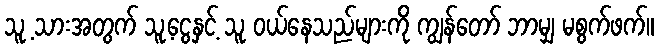
သူ့ သားအတွက် သူ့ငွေနှင့် သူ ဝယ်နေသည်များကို ကျွန်တော် ဘာမျှ မစွက်ဖက်။